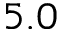
5 . 0